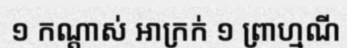
១ កណ្តាស់ អាក្រក់ ១ ព្រាហ្មណី